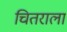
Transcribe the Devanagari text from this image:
चितराला